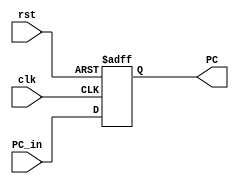
module PC_Module (

input    wire   [31:0]   PC_in,
input    wire            clk,rst,
output   reg    [31:0]   PC

);

always @(posedge clk or negedge rst)

begin

if(!rst)

begin

PC<=32'b0;

end

else

begin

PC<=PC_in;

end

end

endmodule